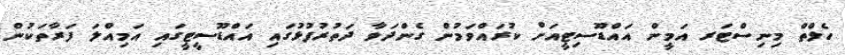
ހެލްތް މިނިސްޓަރ އަމީން އައްޑޫސިޓީއަށް ކުރައްވަމުން ގެންދަވާ ދަތުރުފުޅުގައި އައްޑޫސީޓީގައި އަމިއްލަ ފަރާތަކުން